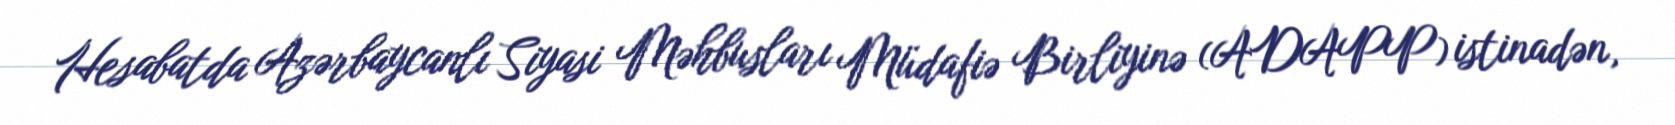
Hesabatda Azərbaycanlı Siyasi Məhbusları Müdafiə Birliyinə (ADAPP) istinadən,